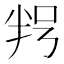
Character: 𠲑